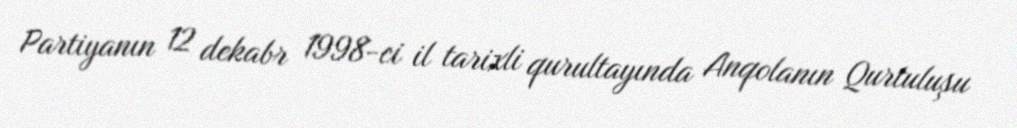
Partiyanın 12 dekabr 1998-ci il tarixli qurultayında Anqolanın Qurtuluşu